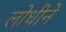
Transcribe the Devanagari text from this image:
लोधीने